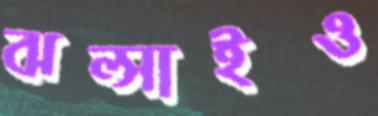
ঝল্‌সাইও